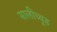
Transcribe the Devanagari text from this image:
सालीच्यूड